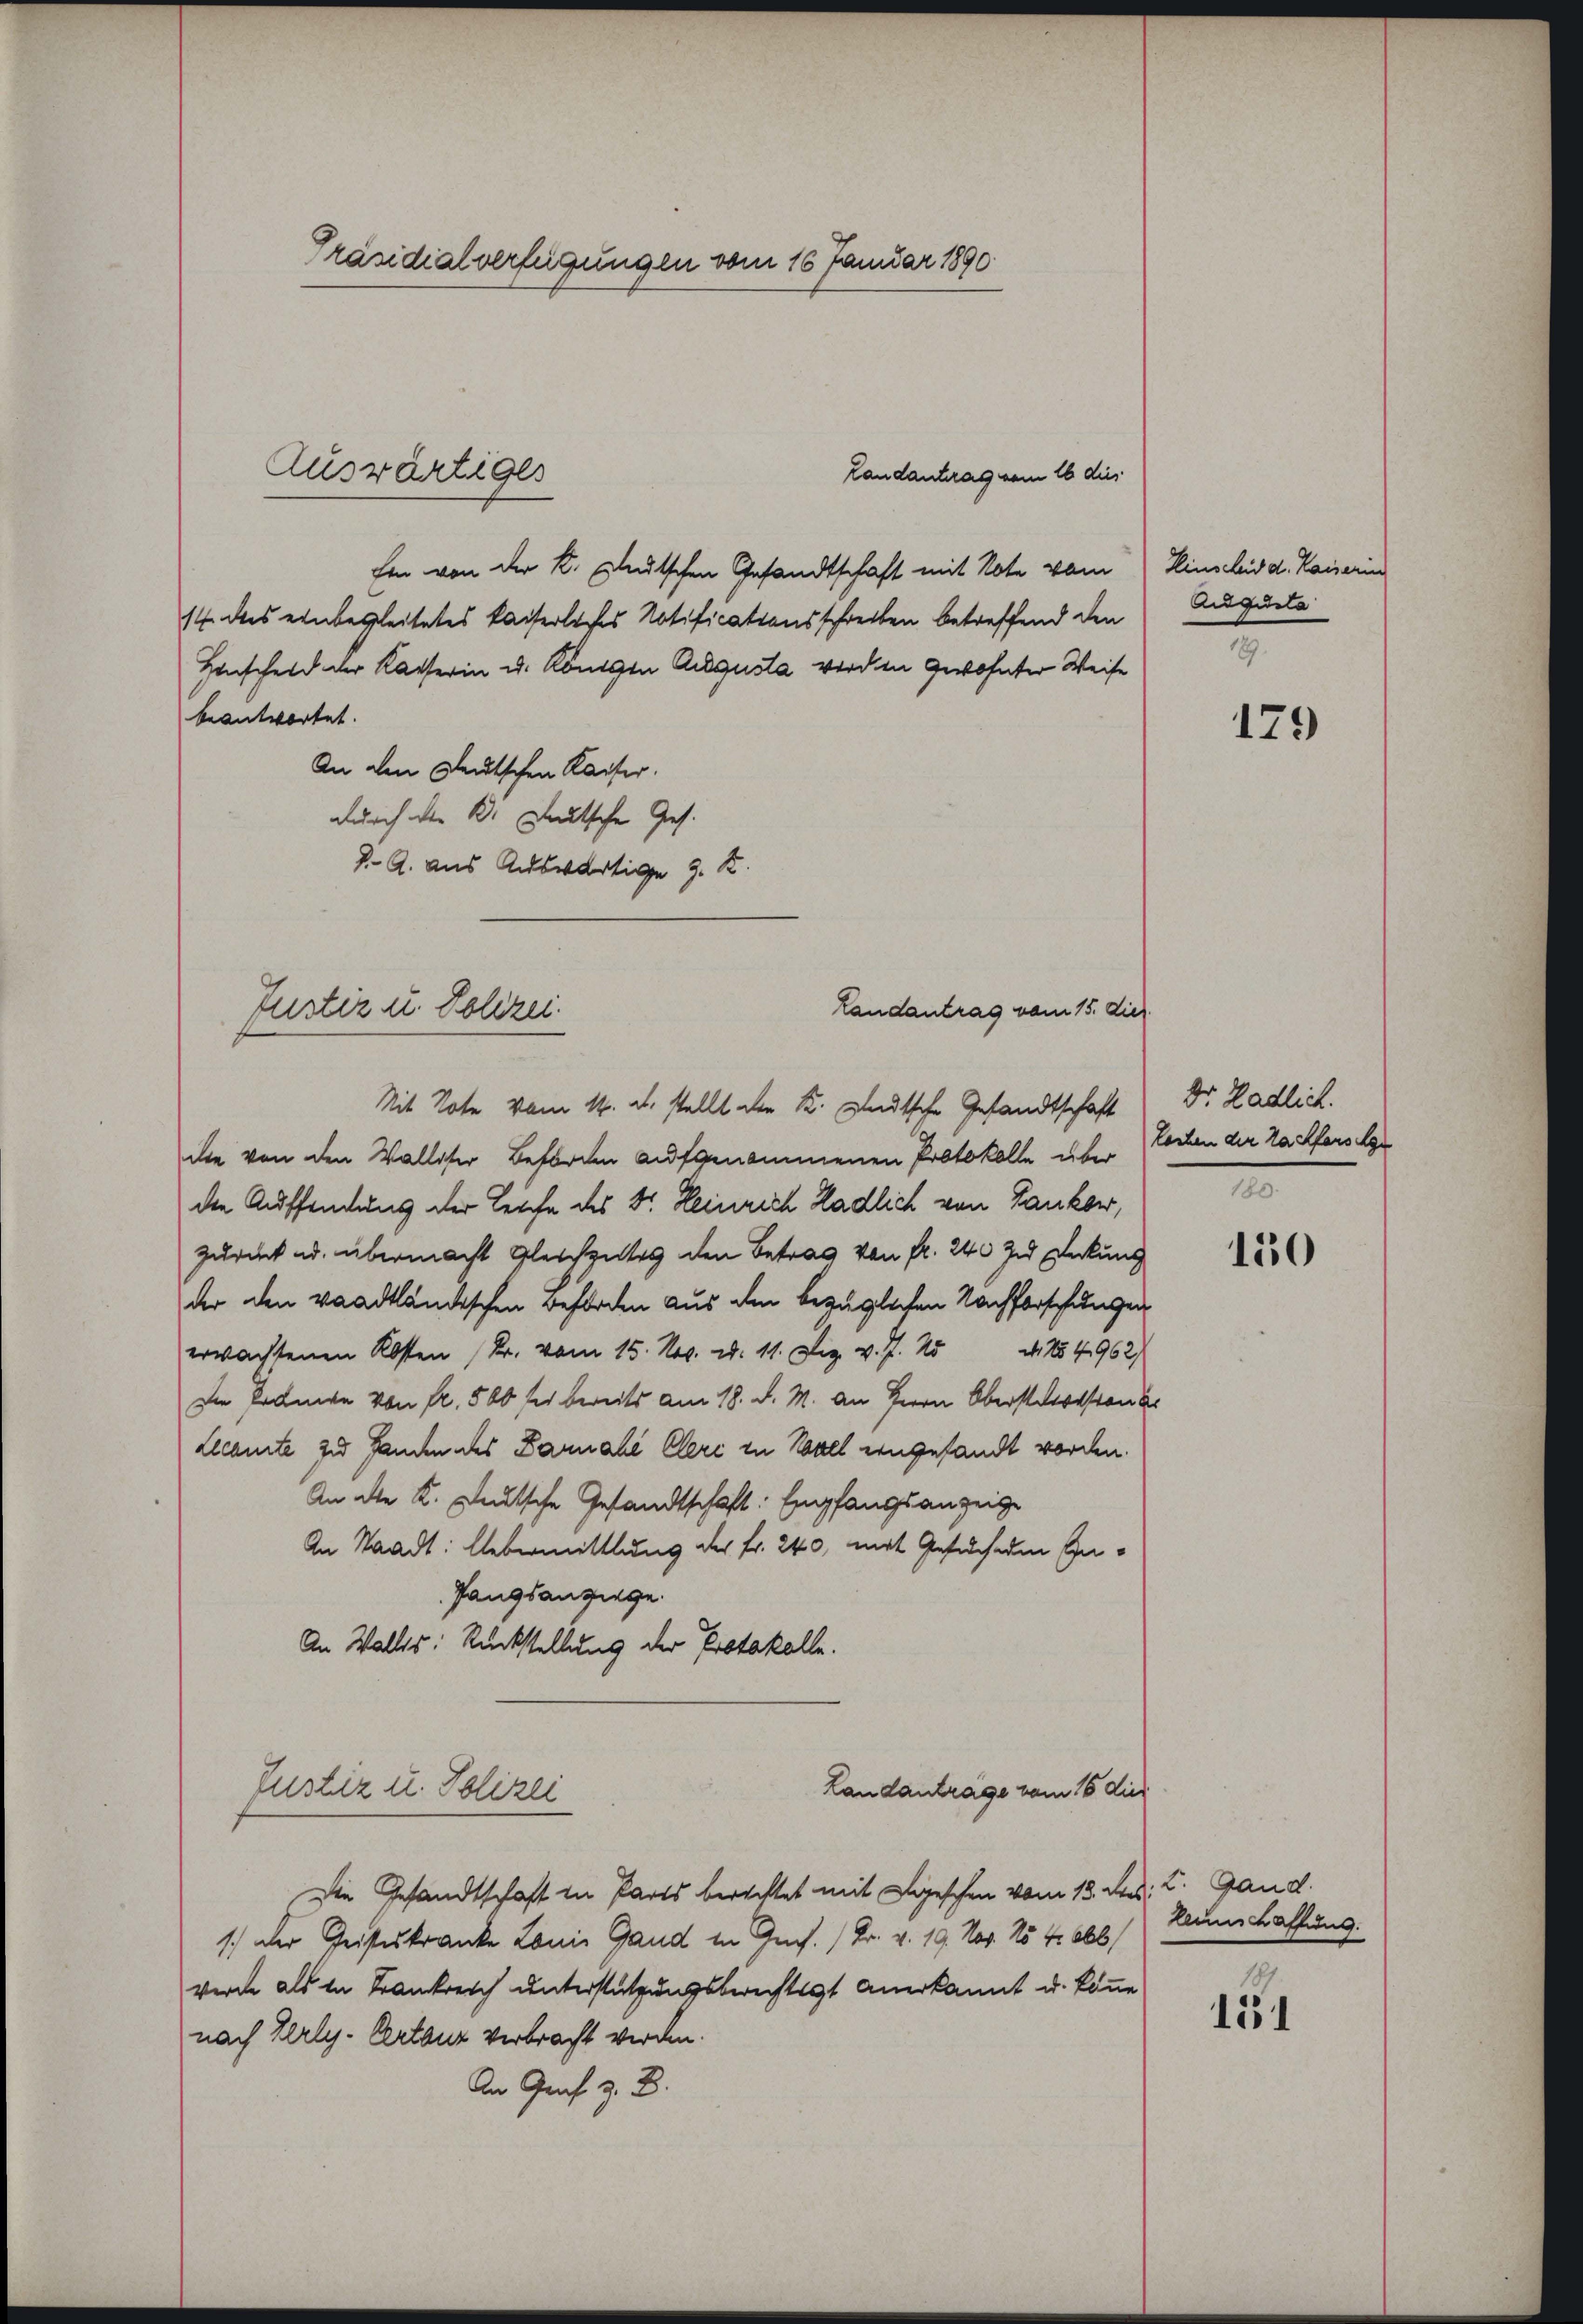
Präsidialverfügungen vom 16. Januar 1890

Ein von der K. Gletschen Gesandtschaft mit Note vom
14 des einbegleitetes kaiserliches Notificationsschreiben betreffend den
Henscheid der Kaiserin u. Königen Augusta werden Gewohnter Weise
beantwortet.
An den gleutschen Kaiser.
durch die K. Deutsche Ges.
J. A. aus Auswärtige G. K.

Auswärtiges

Justiz u. Polizei.
Mit Note vom 14. d. stellt der K. Deutsche Gesandtschaft Dr. Hadlich.

Landantrag vom 16 dies

Landantrag vom 15. Diel

Einscheid d. Kaiserin
Augusta

die von den Walliser Beförden aufgenommenen Protokolle über Lochen der Nachfors der
die Auffandung der Leiche des Sr. Heinrich Hadlich von Tankow,
zurück ad. übermacht Gleichzeites den Betrag von fr. 240 zu Deckung
der den waadtländischen Beförden aus den bezüglichen Nachforschungen
erwachsenen Kosten (Dr. vom 15. Nov. d. 11. Dez. v. J. 25 d. 154962)
Die Prange von Fr. 500 fr bereits am 18. d. M. an Herrn Obersterstand
Lleamte zu Handen des Damali Cleri in Novel eingesandt worden.
An die K. Deutsche Gesandtschaft. Empfangsanzeige
An Staadt: Uebermittlung der Fr. 240, mit Gesuchen In¬
Pangsanziege.
An Wallis: Rückstellung der Protokolle.
Landanträge vom 16 die
Justiz u. Polizei
Die Gesandtschaft in Parts berechtet mit Legeschen vom 18. des L. Gand.
1.) Der Geisteskranke Louis Gand in Ges. (Fr. v. 19. Nov. 154. 666)
werde als in Trankreich unterstützungsberechtigt anerkannt u. könne
nach Zerly-Certanz verbracht werden.
An Graf z. B.

179

n

150

Leinschaffung.

151